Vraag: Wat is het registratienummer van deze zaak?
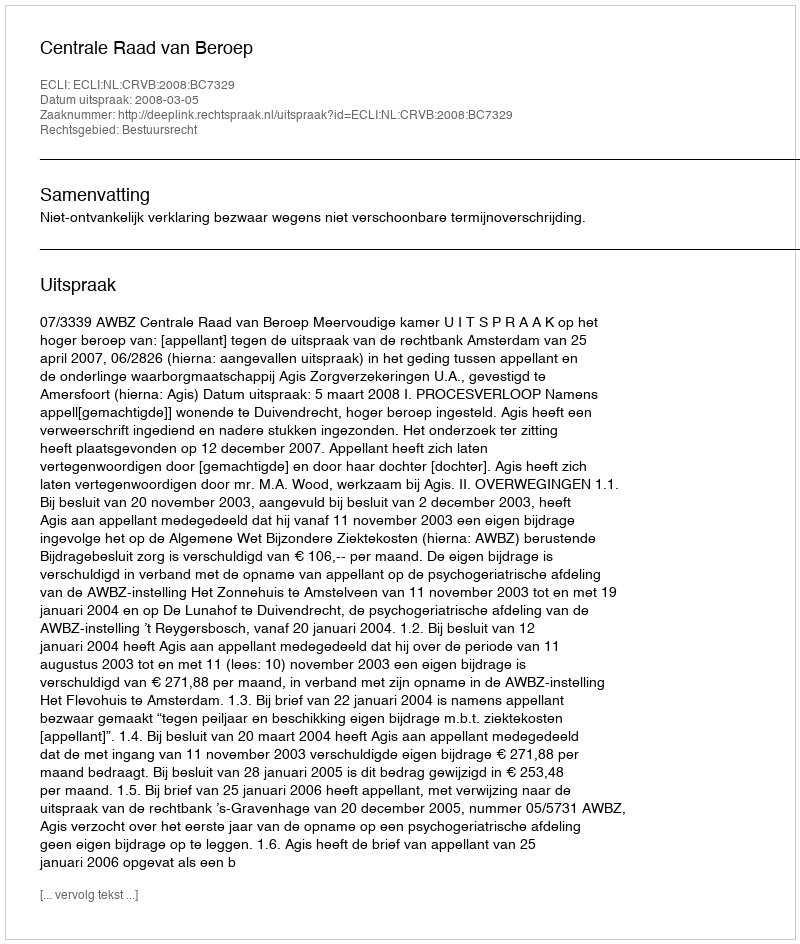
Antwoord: http://deeplink.rechtspraak.nl/uitspraak?id=ECLI:NL:CRVB:2008:BC7329